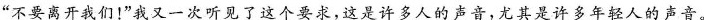
”不要离开我们！”我又一次听见了这个要求，这是许多人的声音，尤其是许多年轻人的声音。